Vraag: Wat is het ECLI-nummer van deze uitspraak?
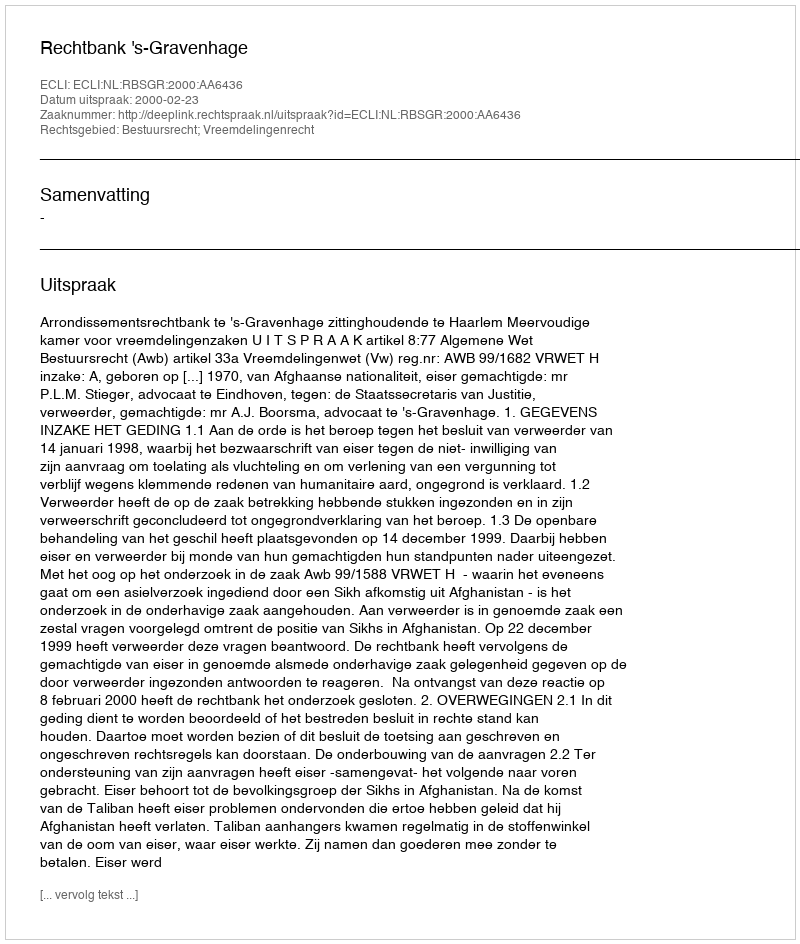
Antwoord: ECLI:NL:RBSGR:2000:AA6436